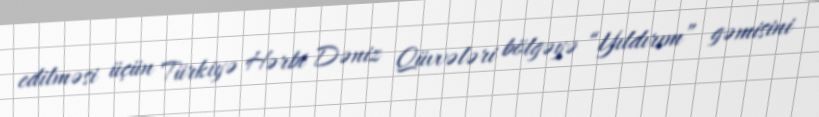
edilməsi üçün Türkiyə Hərbi Dəniz Qüvvələri bölgəyə “Yıldırım” gəmisini